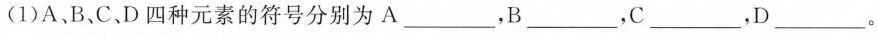
(1)A、B、C.D四种元素的符号分别为A___，B__，C___，D___。